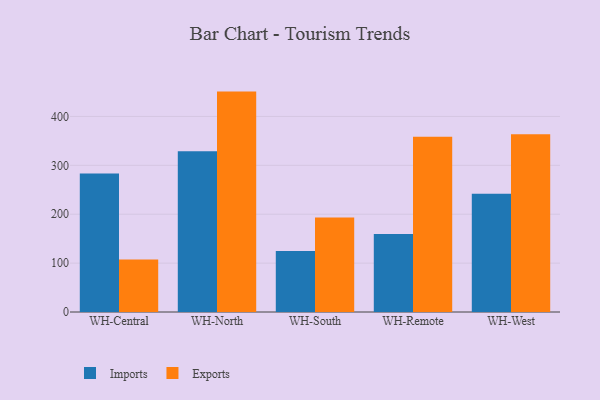
{"axis": {"x": "Warehouse", "y": "Net Income (USD K)"}, "legend": ["Exports", "Imports"], "data": [{"x": "WH-Central", "y": 283.1, "type": "Imports"}, {"x": "WH-Central", "y": 107.2, "type": "Exports"}, {"x": "WH-North", "y": 328.8, "type": "Imports"}, {"x": "WH-North", "y": 450.8, "type": "Exports"}, {"x": "WH-South", "y": 124.9, "type": "Imports"}, {"x": "WH-South", "y": 193.5, "type": "Exports"}, {"x": "WH-Remote", "y": 159.6, "type": "Imports"}, {"x": "WH-Remote", "y": 358.7, "type": "Exports"}, {"x": "WH-West", "y": 242.0, "type": "Imports"}, {"x": "WH-West", "y": 363.7, "type": "Exports"}]}